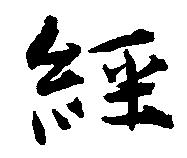
経